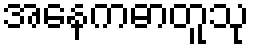
အနေကဓာတူသု